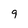
Character: 9